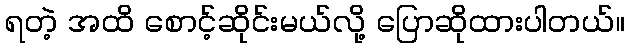
ရတဲ့ အထိ စောင့်ဆိုင်းမယ်လို့ ပြောဆိုထားပါတယ်။